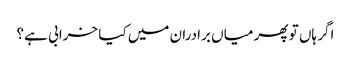
اگر ہاں تو پھر میاں برادران میں کیا خرابی ہے؟